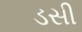
ડસી